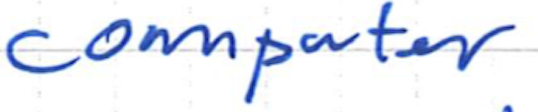
Text: computer
Cross-out: clean
Writing tool: ballpoint